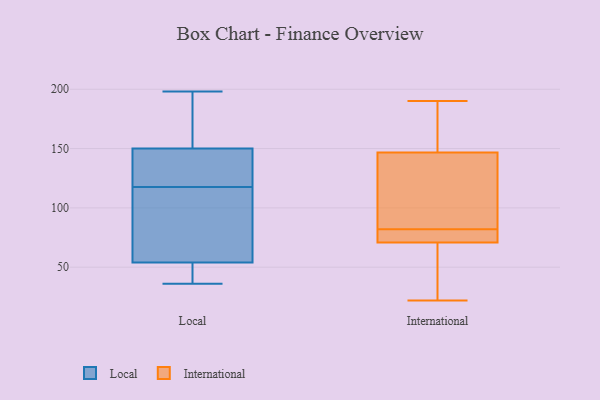
{"axis": {"x": "Latency (ms)", "y": "Value"}, "legend": ["International", "Local"], "data": [{"x": "", "y": 117, "type": "Local"}, {"x": "", "y": 149, "type": "Local"}, {"x": "", "y": 51, "type": "Local"}, {"x": "", "y": 198, "type": "Local"}, {"x": "", "y": 54, "type": "Local"}, {"x": "", "y": 156, "type": "Local"}, {"x": "", "y": 118, "type": "Local"}, {"x": "", "y": 64, "type": "Local"}, {"x": "", "y": 36, "type": "Local"}, {"x": "", "y": 150, "type": "Local"}, {"x": "", "y": 98, "type": "International"}, {"x": "", "y": 76, "type": "International"}, {"x": "", "y": 82, "type": "International"}, {"x": "", "y": 163, "type": "International"}, {"x": "", "y": 82, "type": "International"}, {"x": "", "y": 25, "type": "International"}, {"x": "", "y": 22, "type": "International"}, {"x": "", "y": 175, "type": "International"}, {"x": "", "y": 78, "type": "International"}, {"x": "", "y": 190, "type": "International"}, {"x": "", "y": 183, "type": "International"}, {"x": "", "y": 35, "type": "International"}, {"x": "", "y": 85, "type": "International"}, {"x": "", "y": 87, "type": "International"}, {"x": "", "y": 69, "type": "International"}]}